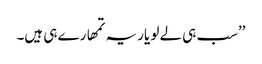
’’سب ہی لے لو یار یہ تمھارے ہی ہیں۔